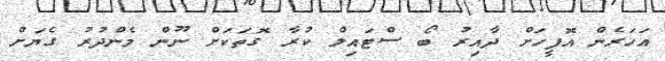
އަހަރެން އޮފީހަށް ދާއިރު ބޯ ސްޓައިލް ކުރާ ގޮތަކަށް ނޫން މެންދުރު ގެޔަށް